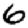
Digit: 6